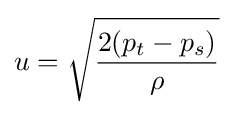
u={\sqrt {\frac {2(p_{t}-p_{s})}{\rho }}}